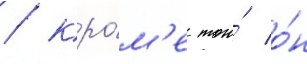
/ кро́м'е того́ о́н